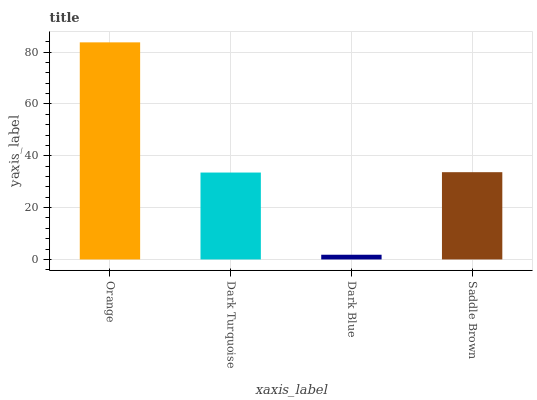
| xaxis_label | bars |
 | --- | --- |
 | Orange | 83.8 |
 | Dark Turquoise | 33.5 |
 | Dark Blue | 1.82 |
 | Saddle Brown | 33.7 |